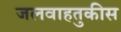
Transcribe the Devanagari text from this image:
जलवाहतुकीस